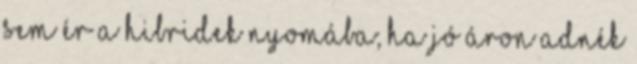
sem ér a hibridek nyomába; ha jó áron adnék